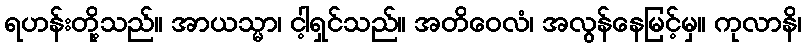
ရဟန်းတို့သည်။ အာယသ္မာ၊ ငါ့ရှင်သည်။ အတိဝေလံ၊ အလွန်နေမြင့်မှ။ ကုလာနိ၊